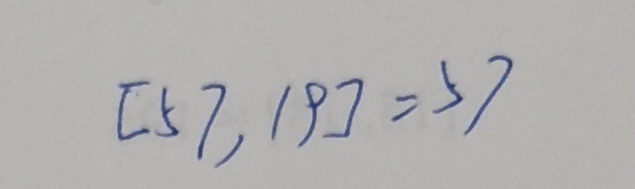
[ 5 7 , 1 9 ] = 5 7